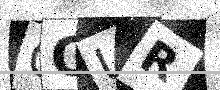
Text: QQUR